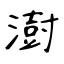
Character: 澍